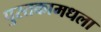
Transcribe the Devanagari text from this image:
पुस्तकामधला